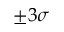
\pm 3 \sigma